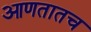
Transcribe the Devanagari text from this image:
आणतातच